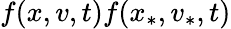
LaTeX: f(x,v,t)f(x_{\ast},v_{\ast},t)